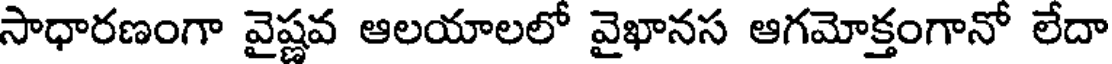
సాధారణంగా వైష్ణవ ఆలయాలలో వైఖానస ఆగమోక్తంగానో లేదా